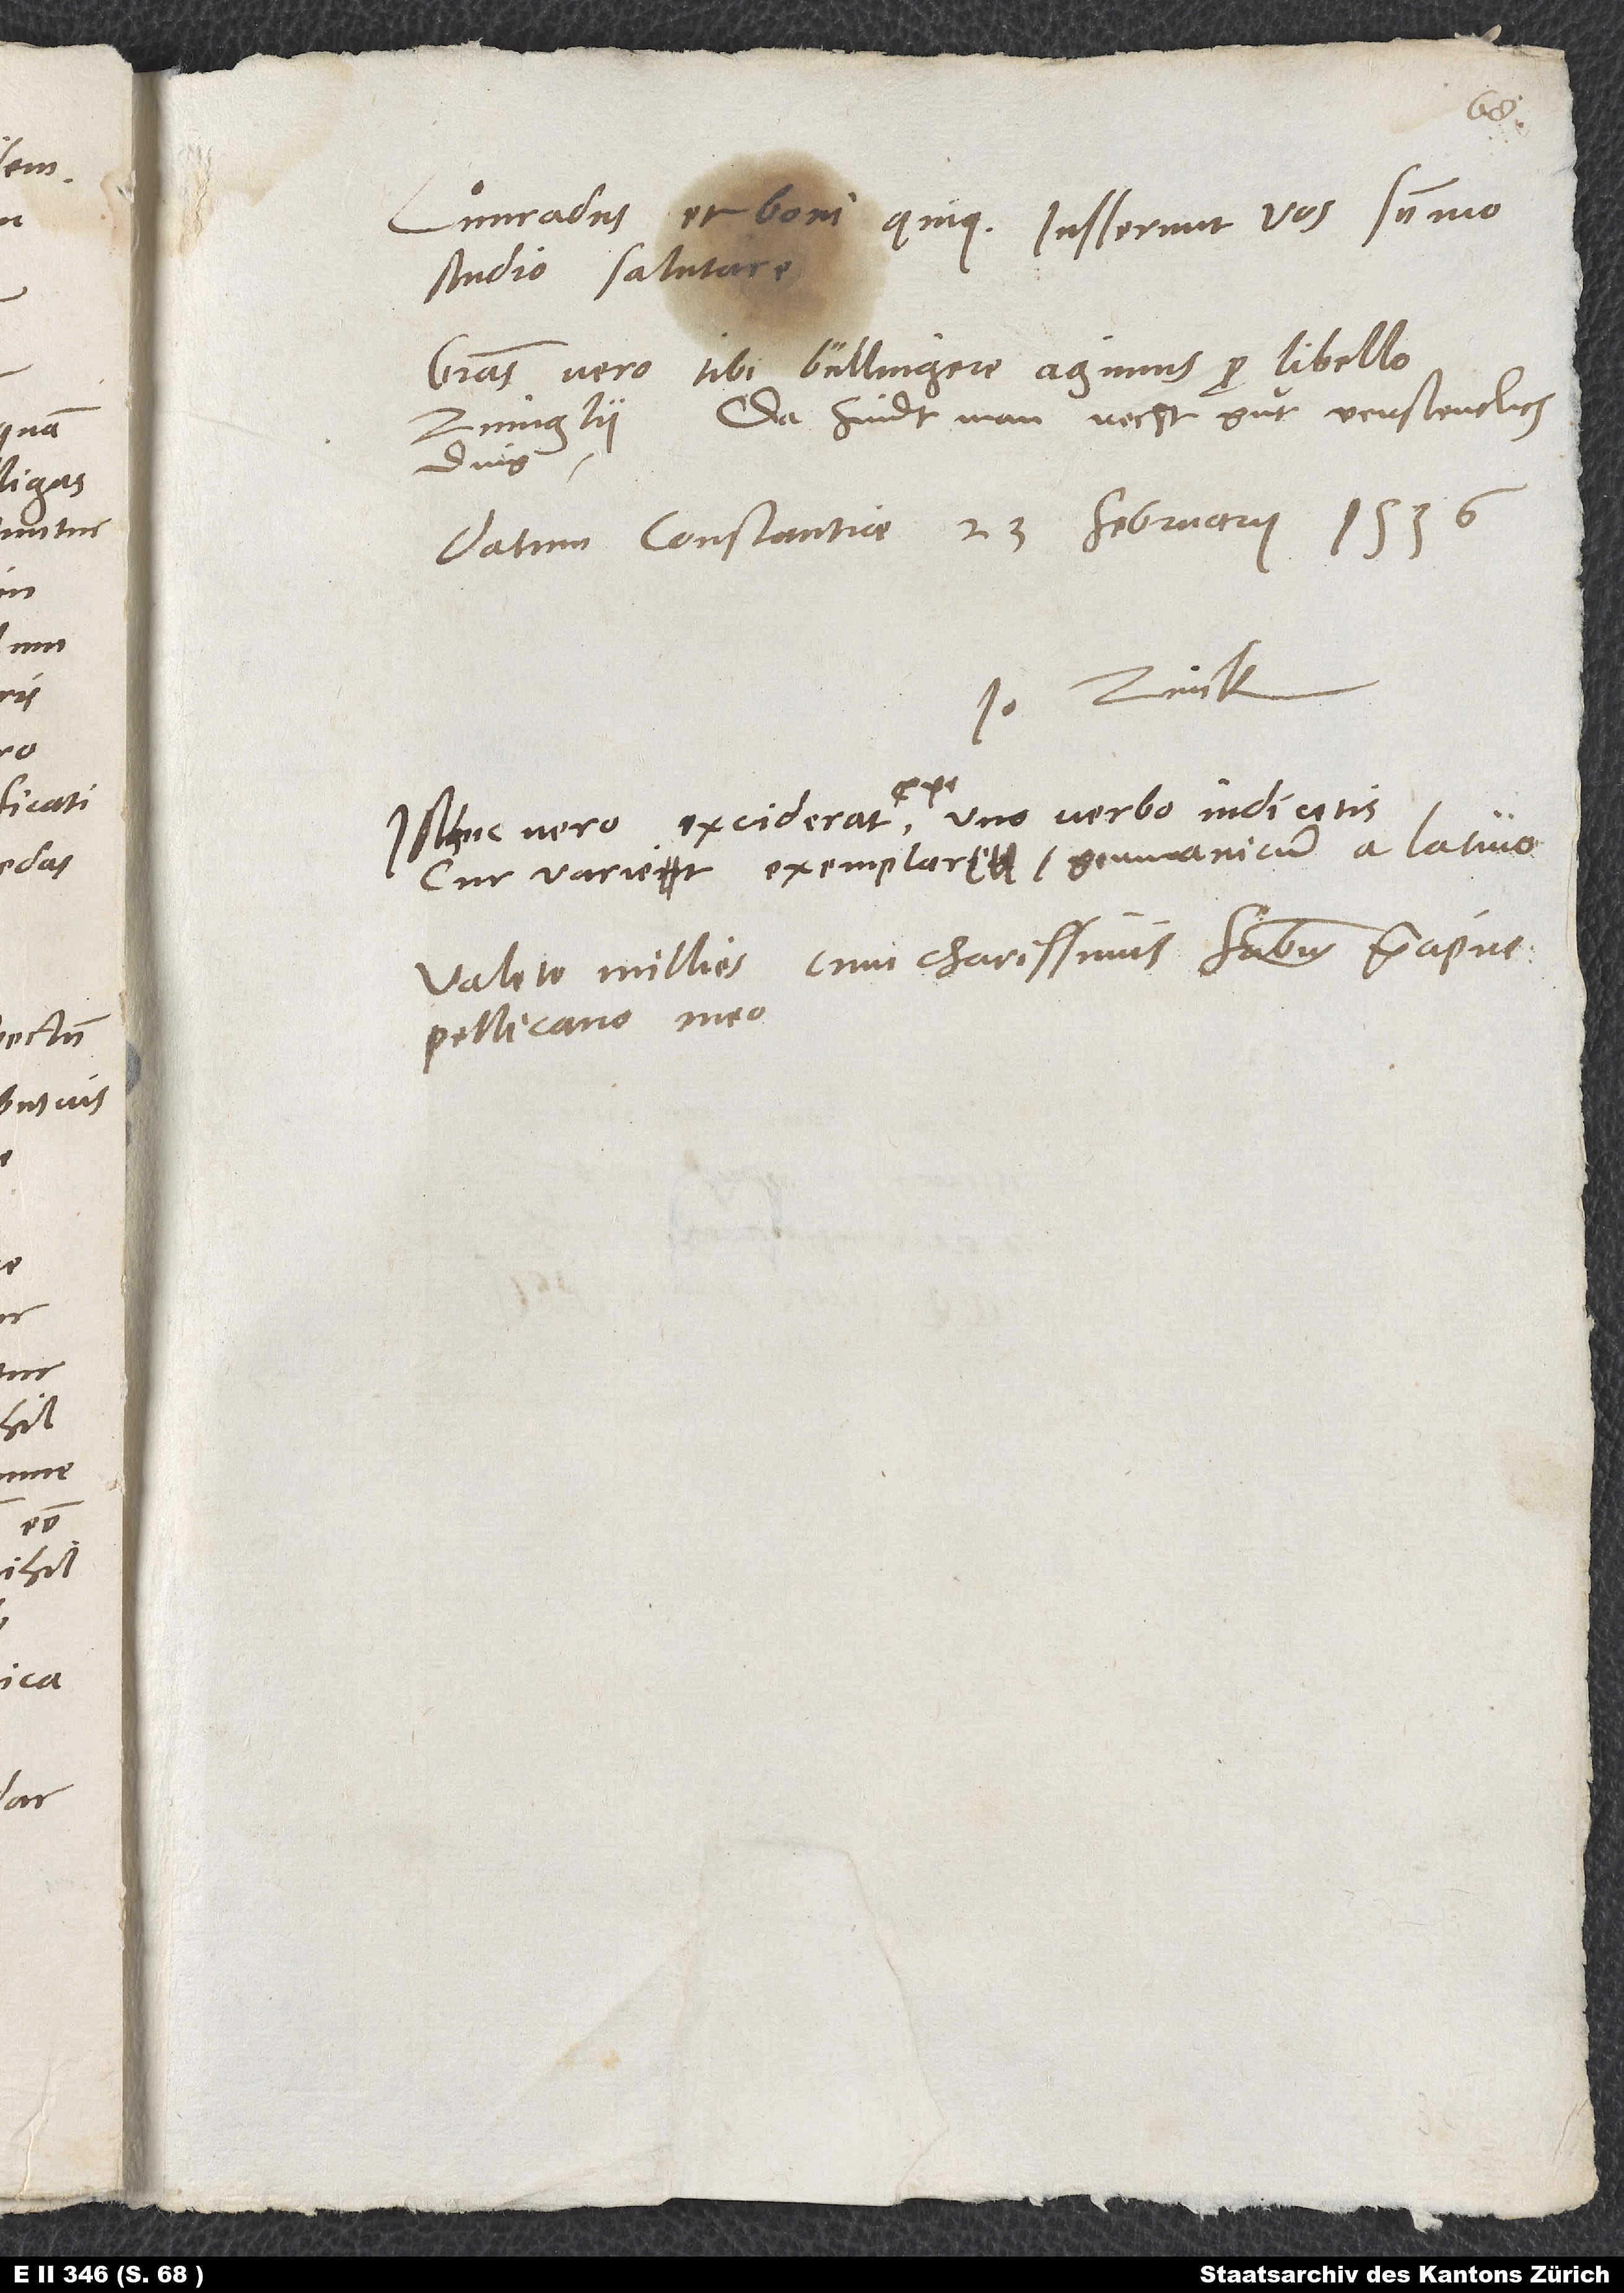
studio salutare.
Gratias vero tibi, Bullingere, agimus pro libello
Zvinglii. Da findt man recht guͦt, verstentlich
ding.
Datum Constantiae, 23. februarii
Io. Zvick.
cur variet exemplar Germanicum a Latino.
Valete millies cum charissimis fratribus, praecipue
Pellicano meo.